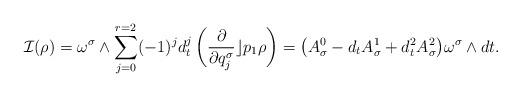
LaTeX: \begin{gather*}{\cal{I}}(\rho) =\omega^\sigma\wedge\sum_{j=0}^{r=2}(-1)^jd_t^j\left(\frac{\partial}{\partial q^\sigma_j}\rfloor p_1\rho\right)=\big(A^0_\sigma-d_tA^1_\sigma+d_t^2A^2_\sigma\big)\omega^\sigma\wedge dt.\end{gather*}